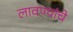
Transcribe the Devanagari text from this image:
लावण्यांचे